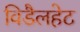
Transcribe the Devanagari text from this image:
विडैलहेट